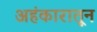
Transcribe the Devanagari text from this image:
अहंकारातून